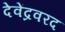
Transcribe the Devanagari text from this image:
देवेंद्रवरद